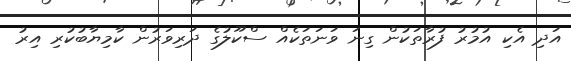
އަދި އެކި އުމުރު ފުރާތަކުން ގިނަ ވަނަތަކެއް ސްކޫލުގެ ދަރިވަރުން ކާމިޔާބުކުރި އިރު